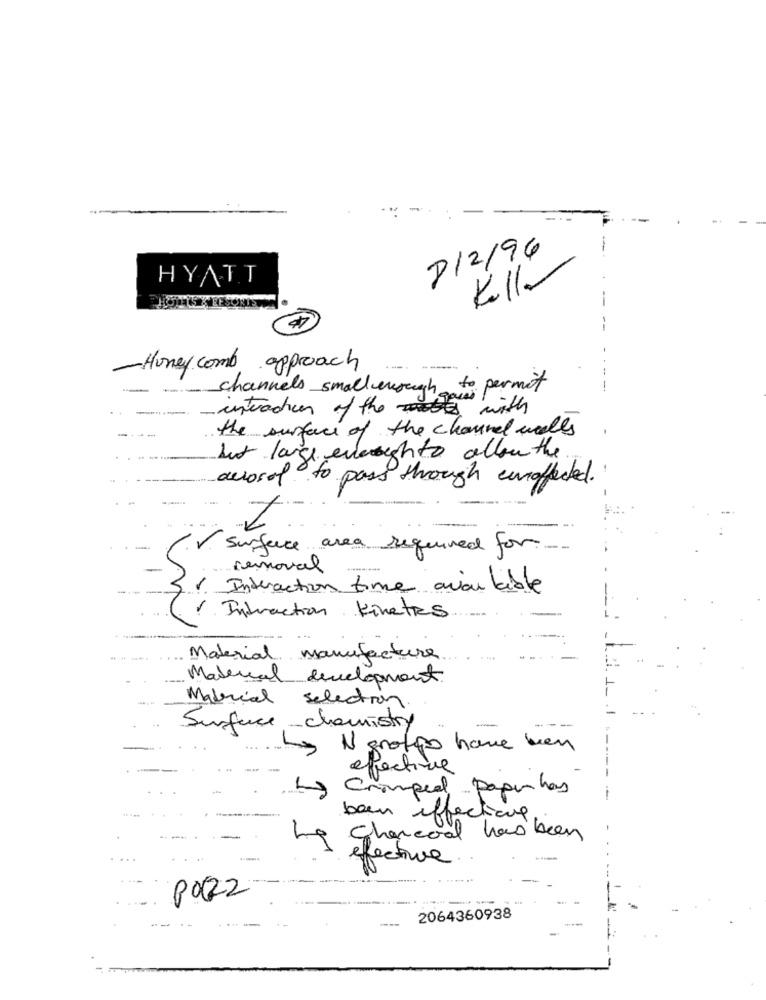
8/2/96
HYATT
Koll-
-
-Honey comb approach
-
channels smallenough to permit
invaches of the with
the surface of the channel wells
but large enough to allow the
aerosol to pass through euroffected."
2
v. Surface area required for
removal
1. Interaction time avion lable
· Infraction Kinetes
Material Manufacture
Material development
Material Selection
Surface chemistry
-
my N grotipo have ben
effer
Cramped Papinhas
been iffections.
Charcoal has been
effective .
2064360938